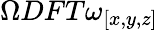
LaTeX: \Omega DFT{\omega_{[x,y,z]}}